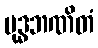
ဗုဒ္ဓဘဏိတံ